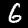
Label: 6